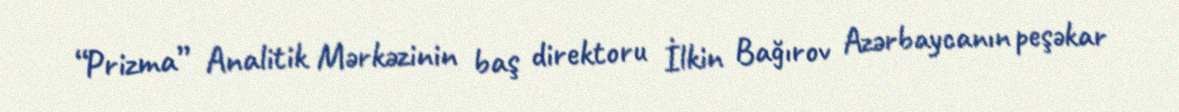
“Prizma” Analitik Mərkəzinin baş direktoru İlkin Bağırov Azərbaycanın peşəkar